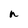
Character: n